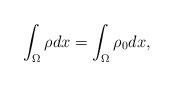
LaTeX: \begin{align*}\int_\Omega \rho dx = \int_\Omega \rho_0 dx, \end{align*}